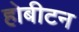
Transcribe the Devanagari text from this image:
होबीटन